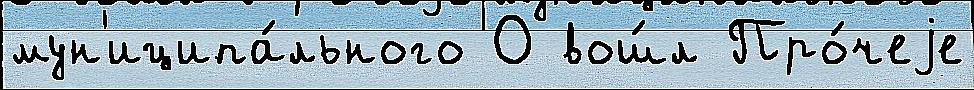
мун'иципа́льного О вош́л Про́чеjе